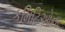
કમિટિઓના